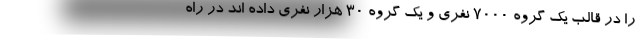
را در قالب یک گروه ۷۰۰۰ نفری و یک گروه ۳۰ هزار نفری داده اند در راه